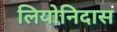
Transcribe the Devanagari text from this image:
लियोनिदास